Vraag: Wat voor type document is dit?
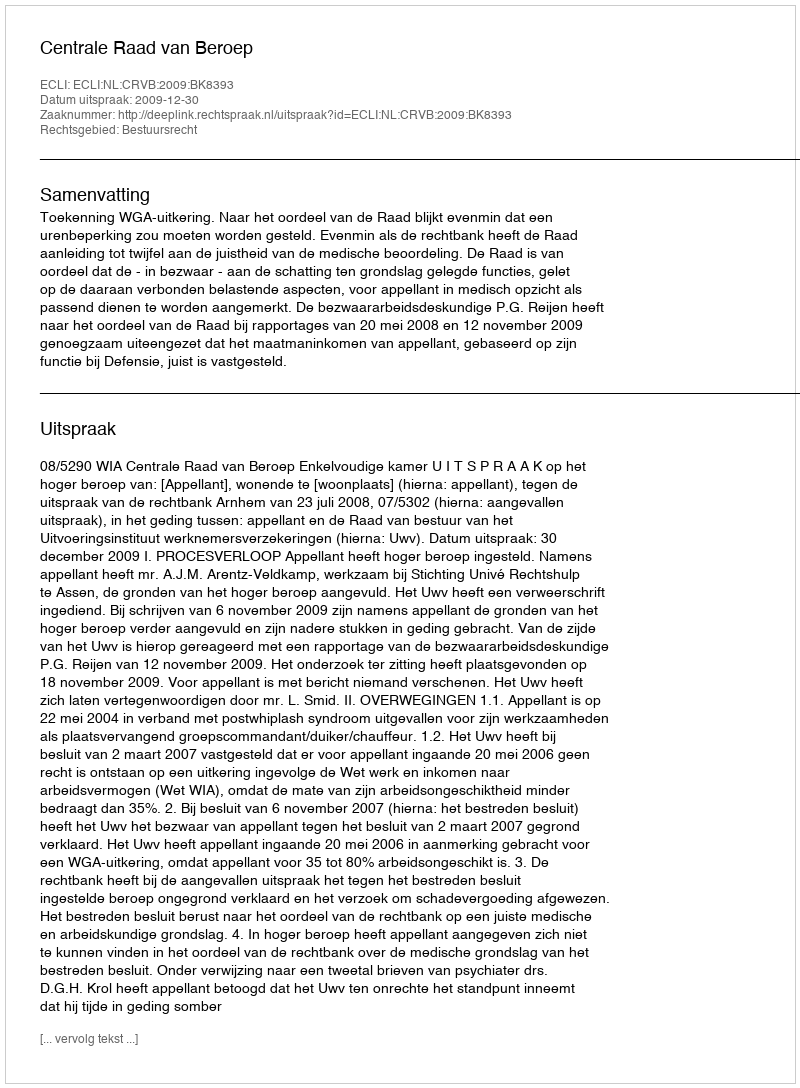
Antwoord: Uitspraak